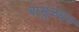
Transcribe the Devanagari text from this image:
बाभुळबन